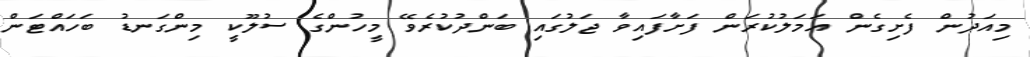
މިއަދުން ފެށިގެން އަމަލުކުރަން ފަށާފައިވާ ޖަލުގައި ބަންދުކުރެވޭ މީހުންގެ ސުލޫކީ މިންގަނޑު ބަހައްޓަން